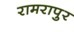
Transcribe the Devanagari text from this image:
रामरापुर